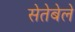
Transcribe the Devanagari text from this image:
सेतेबेले